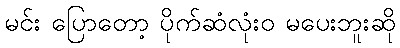
မင်း ပြောတော့ ပိုက်ဆံလုံးဝ မပေးဘူးဆို